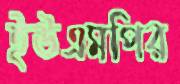
ইউএমপির